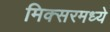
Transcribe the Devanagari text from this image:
मिक्‍सरमध्ये